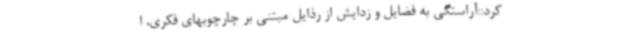
کرد::آراستگی به فضایل و زدایش از رذایل مبتنی بر چارچوبهای فکری، ا